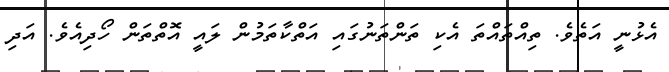
އެޅުނީ އަތެވެ. ތިއްތައްތަ އެކި ތަންތަނުގައި އަތްކާތަމުން ލައީ އޮތްތަން ހޯދިއެވެ. އަދި